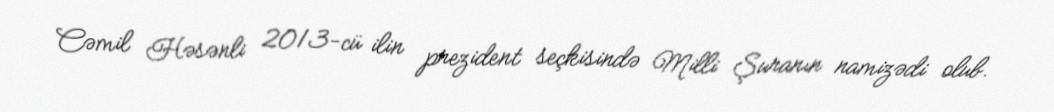
Cəmil Həsənli 2013-cü ilin prezident seçkisində Milli Şuranın namizədi olub.